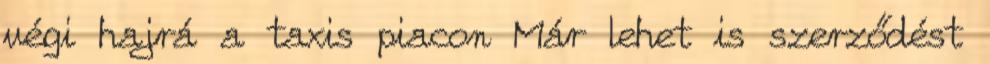
végi hajrá a taxis piacon Már lehet is szerződést